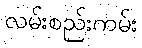
လမ်းစည်းကမ်း